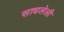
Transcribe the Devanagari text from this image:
साधलेली